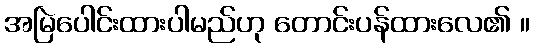
အမြဲပေါင်းထားပါမည်ဟု တောင်းပန်ထားလေ၏ ။